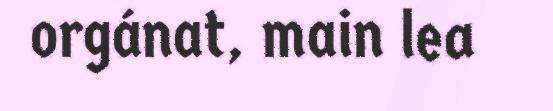
orgánat, main lea